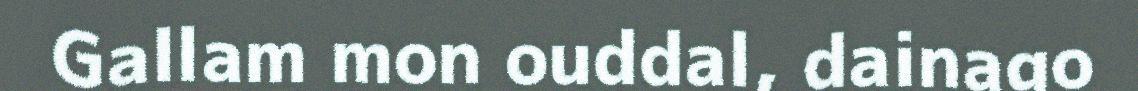
Gallam mon ouddal, dainago